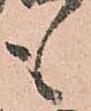
も